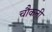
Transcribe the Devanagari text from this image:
चौकनी